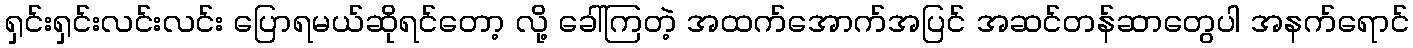
ရှင်းရှင်းလင်းလင်း ပြောရမယ်ဆိုရင်တော့ လို့ ခေါ်ကြတဲ့ အထက်အောက်အပြင် အဆင်တန်ဆာတွေပါ အနက်ရောင်